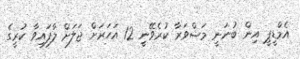
އެމްޑީޕީ އިން ބުނަނީ މަޝްވަރާ ކުރެވޭނީ 12 އަހަރަށް ޖަލަށް ލާފައިވާ ކުރީގެ